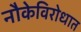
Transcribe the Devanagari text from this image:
नौकेविरोधात